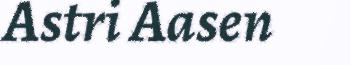
Astri Aasen